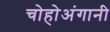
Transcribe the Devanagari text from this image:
चोहोअंगानी